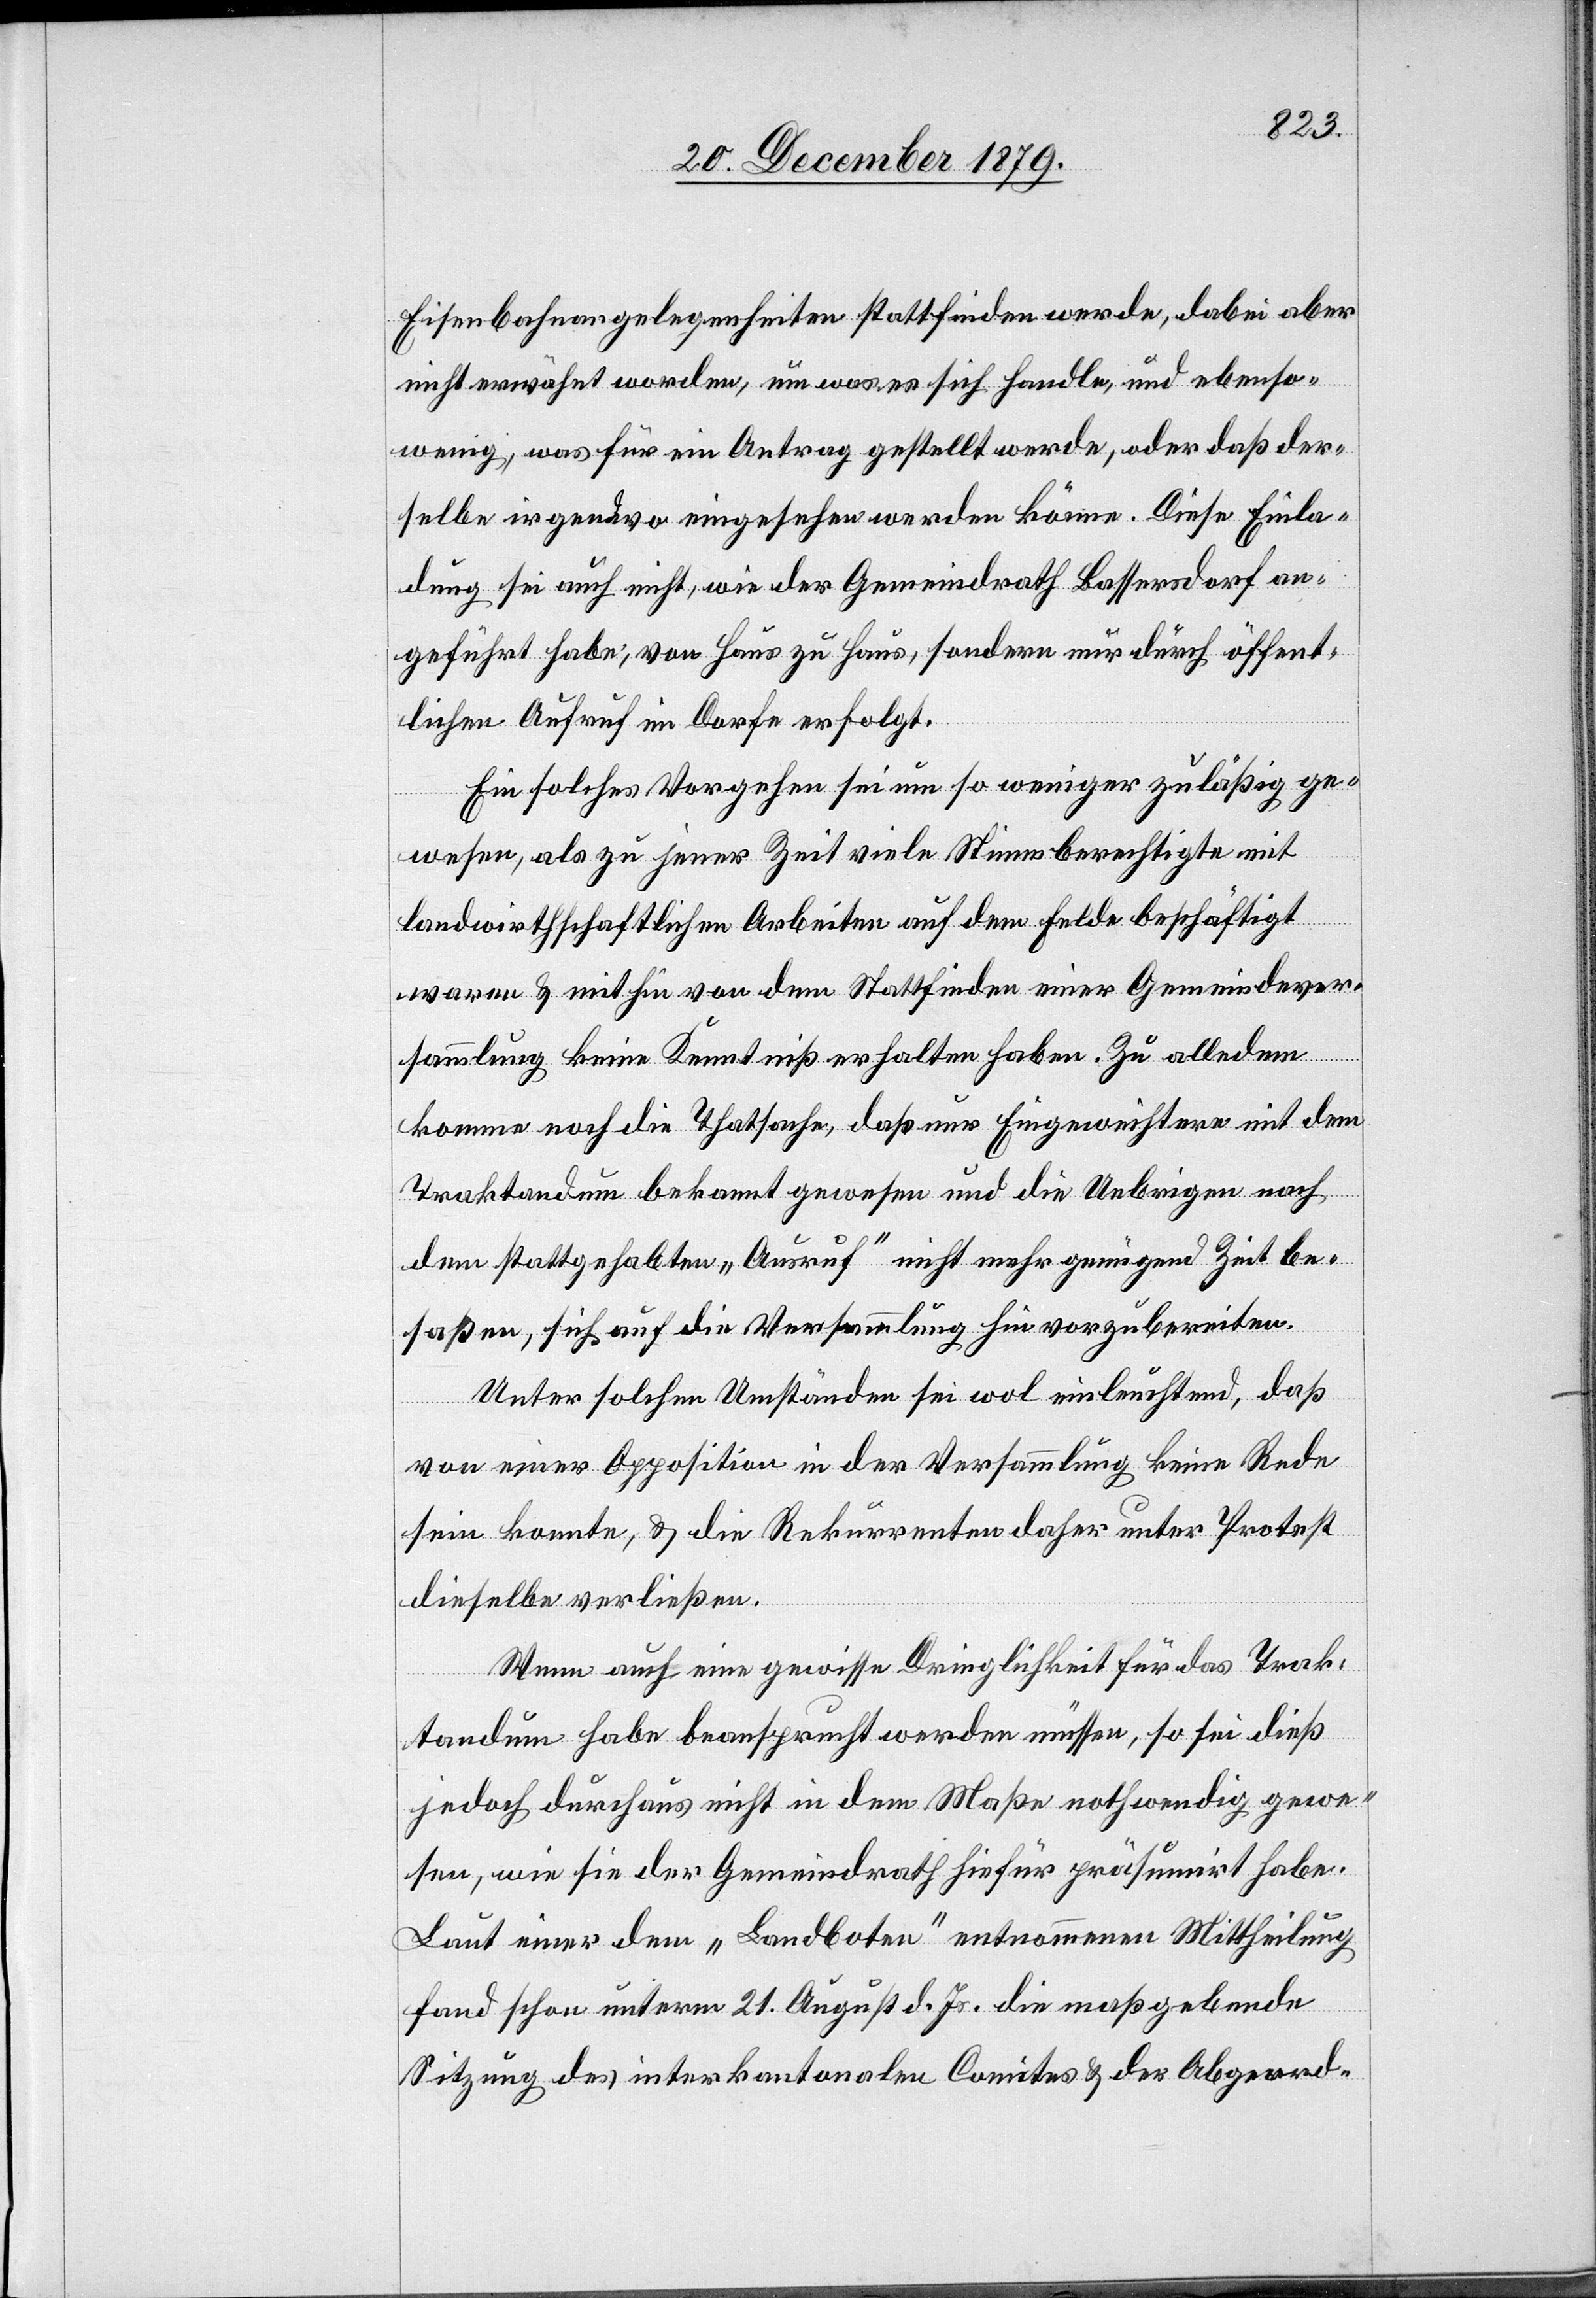
Eisenbahnangelegenheiten stattfinden werde, dabei aber
nicht erwähnt worden, um was es sich handle, und ebenso¬
wenig, was für ein Antrag gestellt werde, oder daß der¬
selbe irgendwo eingesehen werden könne. Diese Einla¬
dung sei auch nicht, wie der Gemeindrath Bassersdorf an¬
geführt habe, von Haus zu Haus, sondern nur durch öffent¬
lichen Aufruf im Dorfe erfolgt.
Ein solches Vorgehen sei um so weniger zuläßig ge¬
wesen, als zu jener Zeit viele Stimmberechtigte mit
landwirthschaftlichen Arbeiten auf dem Felde beschäftigt
waren & mithin von dem Stattfinden einer Gemeindever¬
sammlung keine Kenntniß erhalten haben. Zu alledem
komme noch die Thatsache, daß nur Eingeweihtere mit dem
Traktandum bekannt gewesen und die Uebrigen nach
dem stattgehabten „Ausruf“ nicht mehr genügend Zeit be¬
saßen, sich auf die Versammlung hin vorzubereiten.
Unter solchen Umständen sie wol einleuchtend, daß
von einer Opposition in der Versammlung keine Rede
sein konnte, & die Rekurrenten daher unter Protest
dieselbe verließen.
Wenn auch eine gewisse Dringlichkeit für das Trak¬
tandum habe beansprucht werden müssen, so sei dieß
jedoch durchaus nicht in dem Maße nothwendig gewe¬
sen, wie sie der Gemeindrath hiefür präsumirt habe.
Laut einer dem „Landboten“ entnommenen Mittheilung
fand schon unterm 21. Augst d. Js, die maßgebende
Sitzung des interkantonalen Comites & der Abgeord-